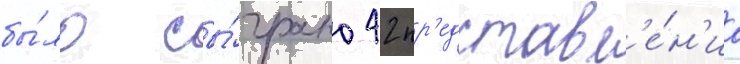
бы́ло сы́грано 42 пр'едставл'е́н'иа